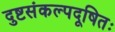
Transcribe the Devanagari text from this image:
दुष्टसंकल्पदूषितः